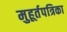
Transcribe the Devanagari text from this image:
मुहूर्तपत्रिका